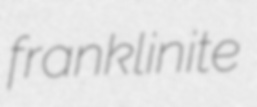
franklinite